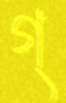
গ্